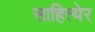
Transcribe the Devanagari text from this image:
साहित्येर